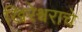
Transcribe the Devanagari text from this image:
खिरेश्वराचे